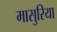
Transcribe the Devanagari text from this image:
मासुरिया